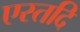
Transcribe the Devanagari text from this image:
एस्तदि